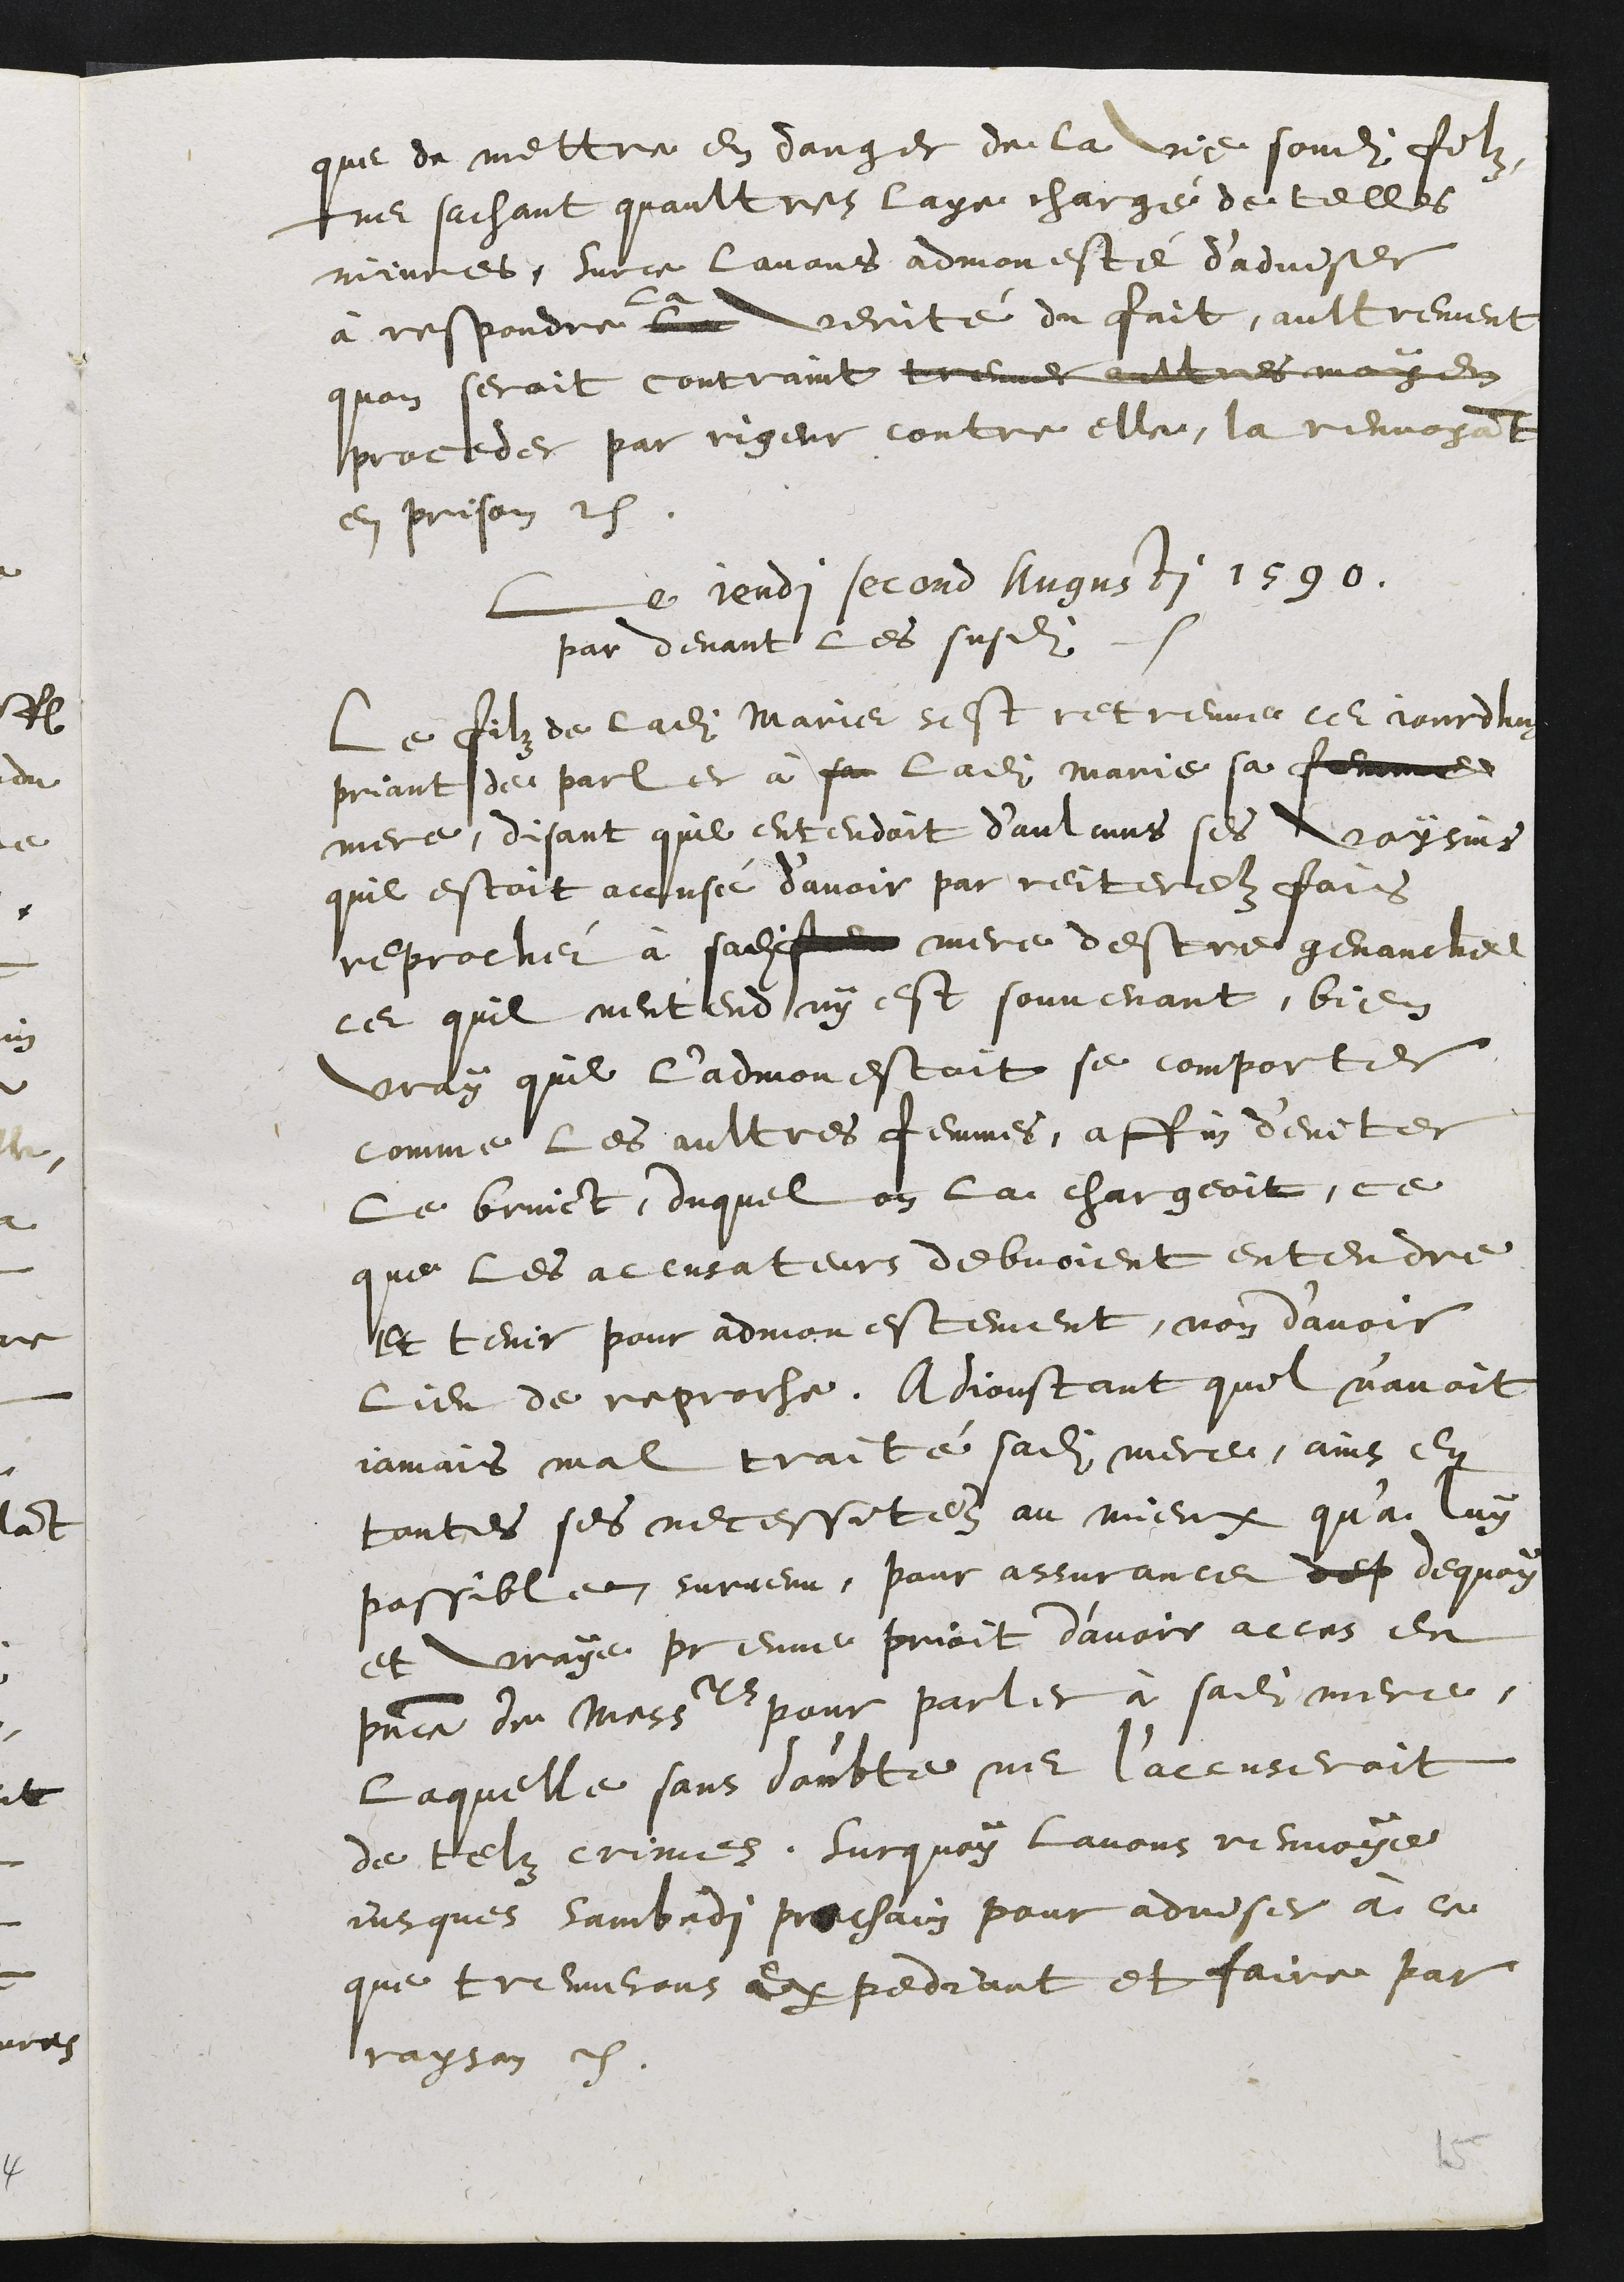
que de mettre en danger de la vie sondit filz,
ne sachant quaultres l’aye chargé de telle
iniures, Surce lavons admonesté d’adviser
à respondre la verité du fait, aultrement
quen seroit contraint tre.. aultres moyen
procede par rigueur contre elle, la renvoya[n]t
en prison [etc].
Le ieudi second Augusti 1590.
par devant les susdi[ts]
Le filz de ladite Marie sest retreuve ce iourdhu[y]
priant de parler à sa ladi[te] Marie sa femme
mere, disant quil entendoit d’aulcuns ses voysins
quil estoit accusé d’avoir par reiteres fois
reproché à sadite fem mere destre genauche
ce quil nentend ny est souvenant, bien
vray quil l’admonestoit se comporter
comme les aultres femmes, affin d’eviter
le bruict, duquel on la chargeoit, ce
que les accusateurs debvoient entendre
et tenir pour admonestement, non d’avoir
lieu de reproche. Adioustant quil n’avoit
iamais mal traité sadite mere, ains en
toutes ses necessites au mieux qu’a luy
possible survenu, pour assurance dep dequoy
et vraye preuve prioit d’avoir acces en
p[rese]nce de mess[ieurs] pour parler à sadite mere,
laquelle sans doubte ne l’accuseroit
de telz crimes. Surquoy lavons renvoye
iusque sambedi pr[o]chain pour adviser à ce
que treverons expediant et faire par
rayson [etc].